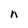
Character: n